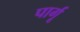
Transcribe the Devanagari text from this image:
पार्गू